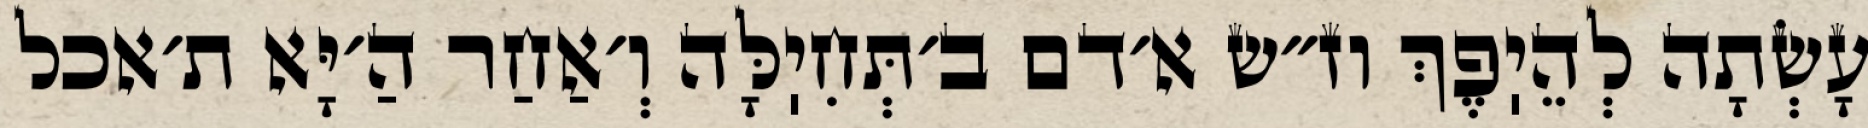
עָשְׂתָה לְהֵיֽפֶךְ וז״ש א׳דם ב׳תְּחִיֽלָּה וְ׳אַחַר הַ׳יָּא ת׳אכל